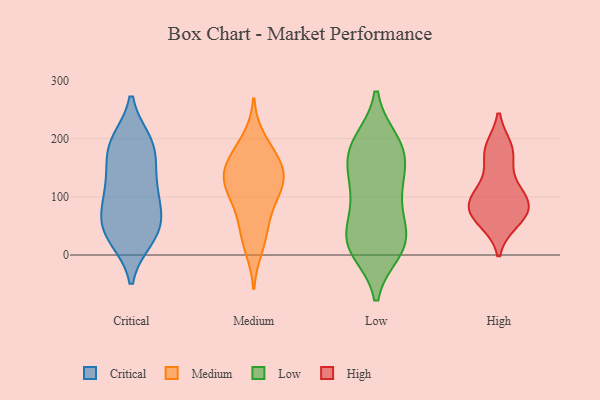
{"axis": {"x": "Market Share (%)", "y": "Value"}, "legend": ["Critical", "High", "Low", "Medium"], "data": [{"x": "", "y": 88, "type": "Critical"}, {"x": "", "y": 28, "type": "Critical"}, {"x": "", "y": 154, "type": "Critical"}, {"x": "", "y": 126, "type": "Critical"}, {"x": "", "y": 34, "type": "Critical"}, {"x": "", "y": 60, "type": "Critical"}, {"x": "", "y": 195, "type": "Critical"}, {"x": "", "y": 191, "type": "Critical"}, {"x": "", "y": 194, "type": "Critical"}, {"x": "", "y": 28, "type": "Critical"}, {"x": "", "y": 64, "type": "Critical"}, {"x": "", "y": 57, "type": "Critical"}, {"x": "", "y": 104, "type": "Critical"}, {"x": "", "y": 181, "type": "Critical"}, {"x": "", "y": 122, "type": "Critical"}, {"x": "", "y": 119, "type": "Medium"}, {"x": "", "y": 149, "type": "Medium"}, {"x": "", "y": 117, "type": "Medium"}, {"x": "", "y": 159, "type": "Medium"}, {"x": "", "y": 119, "type": "Medium"}, {"x": "", "y": 12, "type": "Medium"}, {"x": "", "y": 60, "type": "Medium"}, {"x": "", "y": 34, "type": "Medium"}, {"x": "", "y": 83, "type": "Medium"}, {"x": "", "y": 153, "type": "Medium"}, {"x": "", "y": 175, "type": "Medium"}, {"x": "", "y": 124, "type": "Medium"}, {"x": "", "y": 199, "type": "Medium"}, {"x": "", "y": 22, "type": "Low"}, {"x": "", "y": 111, "type": "Low"}, {"x": "", "y": 177, "type": "Low"}, {"x": "", "y": 193, "type": "Low"}, {"x": "", "y": 27, "type": "Low"}, {"x": "", "y": 17, "type": "Low"}, {"x": "", "y": 10, "type": "Low"}, {"x": "", "y": 84, "type": "Low"}, {"x": "", "y": 27, "type": "Low"}, {"x": "", "y": 191, "type": "Low"}, {"x": "", "y": 166, "type": "Low"}, {"x": "", "y": 177, "type": "Low"}, {"x": "", "y": 138, "type": "Low"}, {"x": "", "y": 106, "type": "Low"}, {"x": "", "y": 31, "type": "Low"}, {"x": "", "y": 59, "type": "High"}, {"x": "", "y": 116, "type": "High"}, {"x": "", "y": 173, "type": "High"}, {"x": "", "y": 93, "type": "High"}, {"x": "", "y": 77, "type": "High"}, {"x": "", "y": 64, "type": "High"}, {"x": "", "y": 83, "type": "High"}, {"x": "", "y": 108, "type": "High"}, {"x": "", "y": 182, "type": "High"}, {"x": "", "y": 179, "type": "High"}, {"x": "", "y": 78, "type": "High"}]}